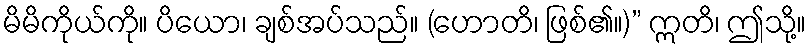
မိမိကိုယ်ကို။ ပိယော၊ ချစ်အပ်သည်။ (ဟောတိ၊ ဖြစ်၏။)” ဣတိ၊ ဤသို့။